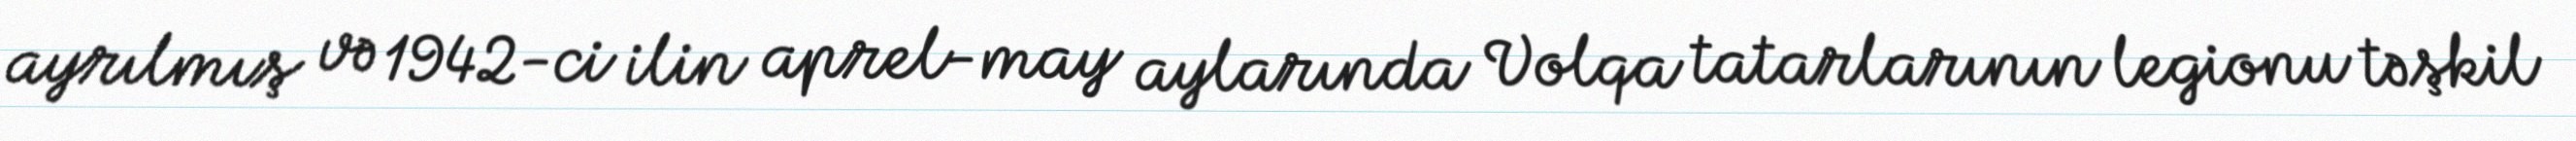
ayrılmış və 1942-ci ilin aprel-may aylarında Volqa tatarlarının legionu təşkil